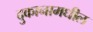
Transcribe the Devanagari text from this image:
दुकानामधील